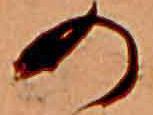
の